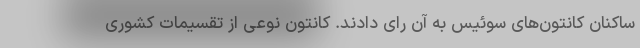
ساکنان کانتون‌های سوئیس به آن رای دادند. کانتون‌ نوعی از تقسیمات کشوری